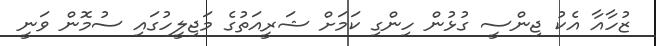
ޒުހާއާ އެކު ޖިންސީ ގުޅުން ހިންގި ކަމަށް ޝަރީއަތުގެ މަޖިލީހުގައި ސުމޮން ވަނީ